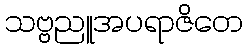
သဗ္ဗညူအပရာဇိတေ